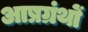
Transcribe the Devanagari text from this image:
आष्रग्रंथों